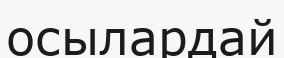
осылардай